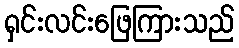
ရှင်းလင်းဖြေကြားသည်